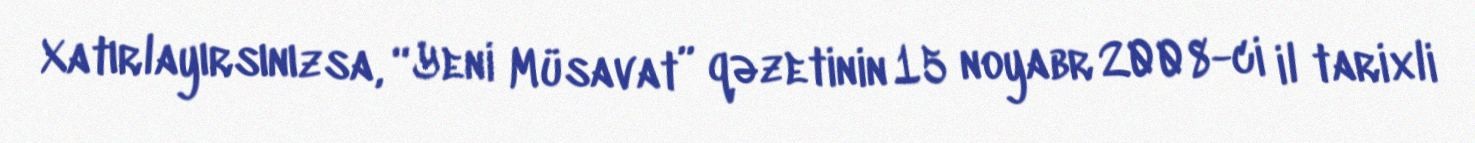
Xatırlayırsınızsa, “Yeni Müsavat” qəzetinin 15 noyabr 2008-ci il tarixli